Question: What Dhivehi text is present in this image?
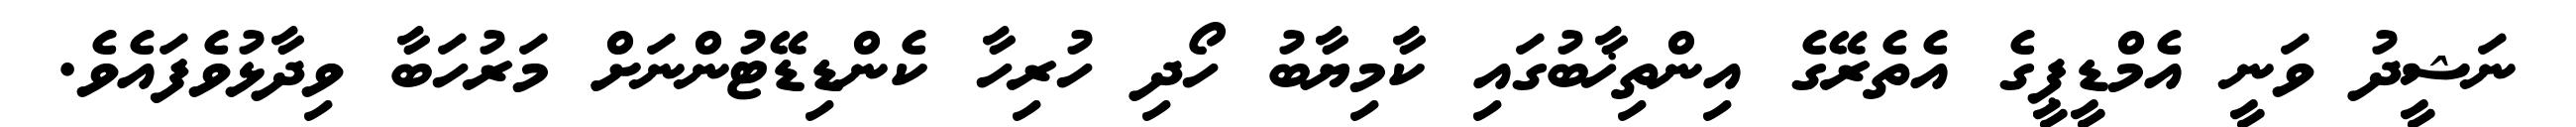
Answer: ނަޝީދު ވަނީ އެމްޑީޕީގެ އެތެރޭގެ އިންތިޚާބުގައި ކާމިޔާބު ހޯދި ހުރިހާ ކެންޑިޑޭޓުންނަށް މަރުހަބާ ވިދާޅުވެފައެވެ.